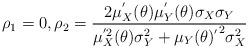
LaTeX: \begin{align*}\rho_1=0, \rho_2=\frac{2 \mu_X^{'}(\theta) \mu_Y^{'}(\theta) \sigma_X \sigma_Y}{\mu_X^{'2} (\theta) \sigma_Y^2+ {\mu_Y (\theta)^{'}}^2 \sigma_X^2}\end{align*}